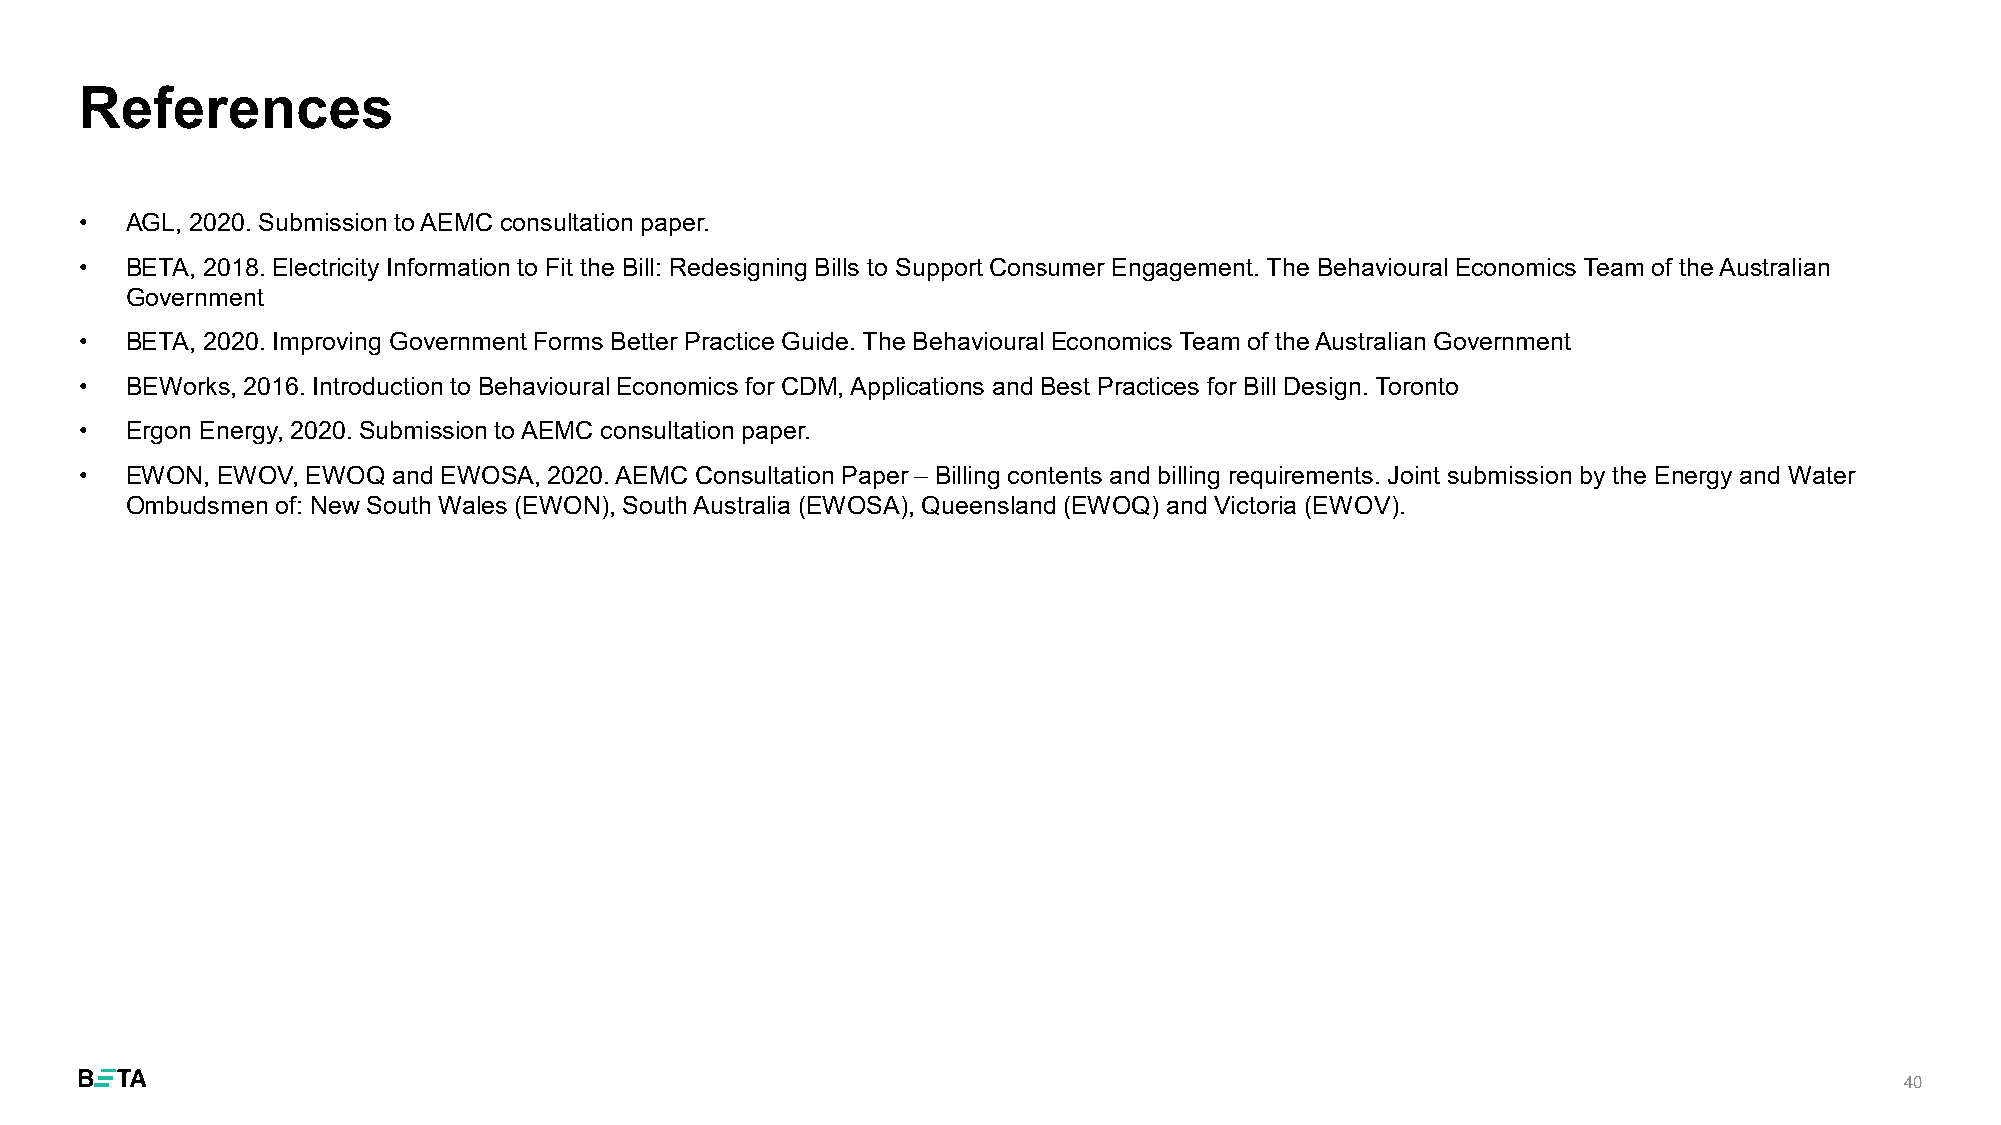
References
 •  AGL, 2020. Submission to AEMC consultation paper.
 •  BETA, 2018. Electricity Information to Fit the Bill: Redesigning Bills to Support Consumer Engagement. The BehaviouralEconomics Team of the Australian
 Government
 •  BETA, 2020. Improving Government Forms Better Practice Guide. The BehaviouralEconomics Team of the Australian Government
 •  BEWorks, 2016. Introduction to BehaviouralEconomics for CDM, Applications and Best Practices for Bill Design. Toronto
 •  Ergon Energy, 2020. Submission to AEMC consultation paper.
 •  EWON, EWOV, EWOQ  and EWOSA, 2020. AEMC Consultation Paper – Billing contents and billing requirements. Joint submission by the Energy and Water
 Ombudsmen of: New South Wales (EWON), South Australia (EWOSA), Queensland (EWOQ) and Victoria (EWOV).
 40